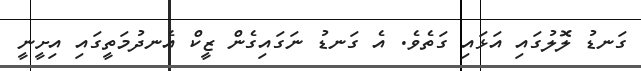
ގަނޑު ލޮލުގައި އަޅައި ގަތެވެ. އެ ގަނޑު ނަގައިގެން ޒީކް އެނދުމަތީގައި އިށީނީ